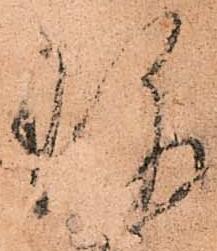
珎